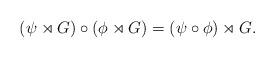
LaTeX: \begin{align*}(\psi\rtimes G)\circ(\phi\rtimes G)=(\psi\circ\phi)\rtimes G.\end{align*}